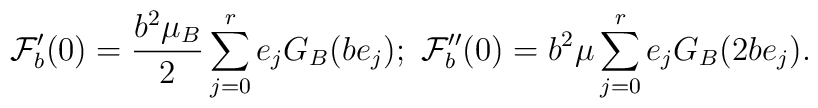
\mathcal{F}_{b}^{\prime }(0)=\frac{b^{2}\mu _{B}}{2}\sum_{j=0}^{r}e_{j}G_{B}(be_{j});\ \mathcal{F}_{b}^{\prime \prime}(0)=b^{2}\mu \sum_{j=0}^{r}e_{j}G_{B}(2be_{j}).